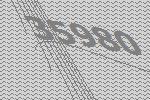
35980